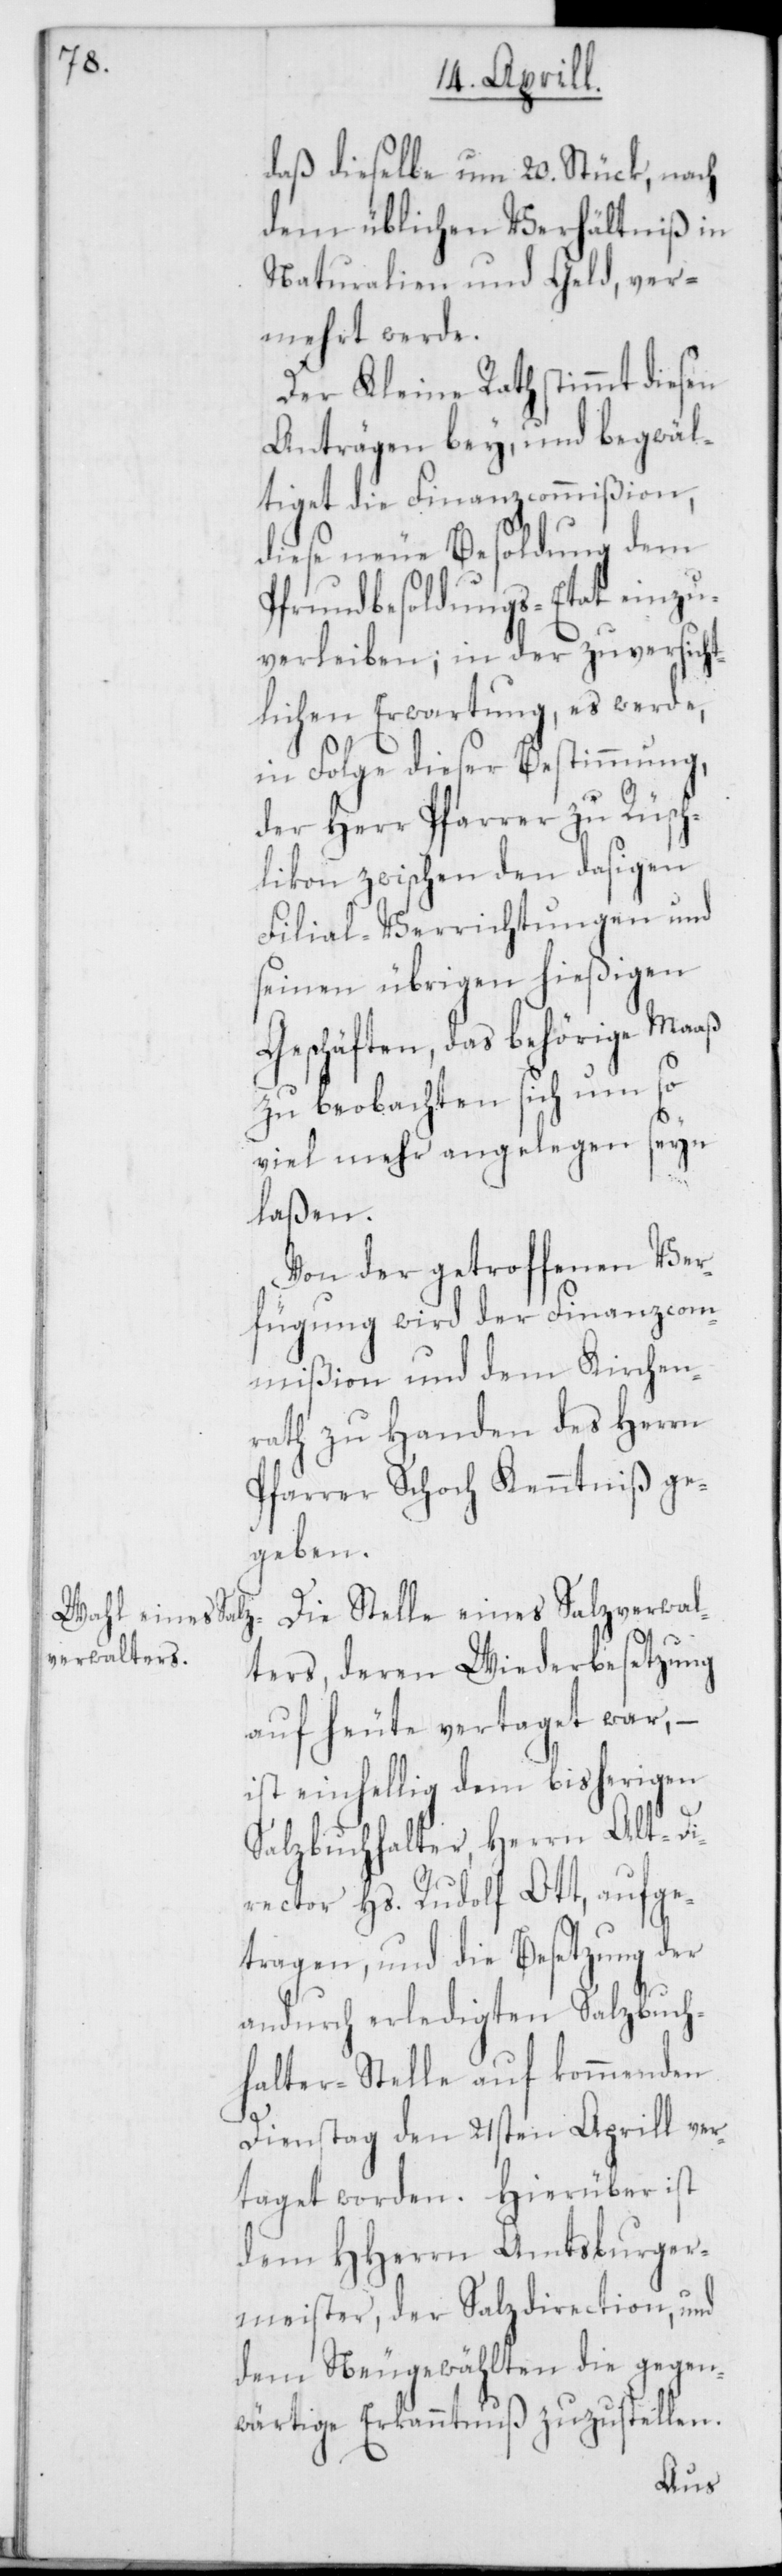
daß dieselbe um 20. Stück, nach
dem üblichen Verhältniß in
Naturalien und Geld, ver¬
mehrt werde.
Der Kleine Rath stimmt diesen
Anträgen bey, und begwäl¬
tiget die Finanzcommißion,
diese neue Besoldung dem
Pfrundbesoldungs-Etat einzu¬
verleiben; in der zuversicht¬
lichen Erwartung, es werde,
in Folge dieser Bestimmung,
der Herr Pfarrer zu Rüsch¬
likon zwischen den dasigen
Filial-Verrichtungen und
seinen übrigen hießigen
Geschäften, das behörige Maaß
zu beobachten sich umso
viel mehr angelegen seyn
laßen.
Von der getroffenen Ver¬
fügung wird der Finanzcom¬
mißion und dem Kirchen¬
rath zu Handen des Herrn
Pfarrer Schoch Kenntniß ge¬
geben.
verwalt¬
ers, deren Wiederbesetzung
auf heute vertaget war,
ist einhellig dem bisherigen
Salzbuchhalter Herrn Alt-D¬
irector Hs. Rudolf Ott, aufge¬
tragen, und die Besetzung der
andurch erledigten Salzbuch¬
halter-Stelle auf kommenden
Dienstag den 21sten Aprill ver¬
taget worden. Hierüber ist
dem HHerrn Amtsburger¬
meister, der Salzdirection und
dem Neugewählten die gegen¬
wärtige Erkanntnus zuzustellen.
Salz¬